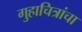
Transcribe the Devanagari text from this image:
गुहाचित्रांचा